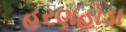
હરણહોડા